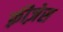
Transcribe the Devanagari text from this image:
फ़्रीज़ेस